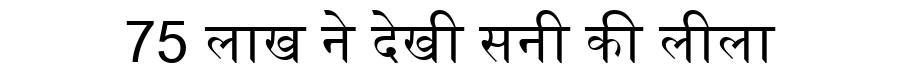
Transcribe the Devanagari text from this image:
75 लाख ने देखी सनी की लीला